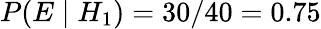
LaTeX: P(E\mid H_{1})=30/40=0.75